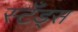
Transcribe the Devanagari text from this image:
स्टँड्स